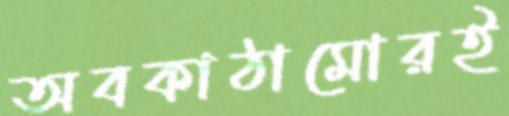
অবকাঠামোরই